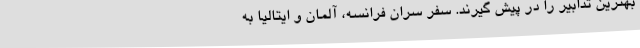
بهترین تدابیر را در پیش گیرند. سفر سران فرانسه، آلمان و ایتالیا به